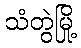
သံတွဲမြို့